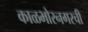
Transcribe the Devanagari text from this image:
काळभोरनगरची